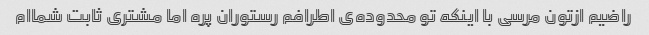
راضیم ازتون مرسی با اینکه تو محدوده‌ی اطرافم رستوران پره اما مشتری ثابت شماام